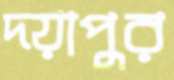
দয়াপুর